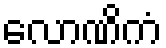
လောဏိကံ